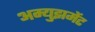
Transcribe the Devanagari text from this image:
अम्युझमेंट